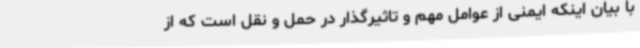
با بیان اینکه ایمنی از عوامل مهم و تاثیرگذار در حمل و نقل است که از